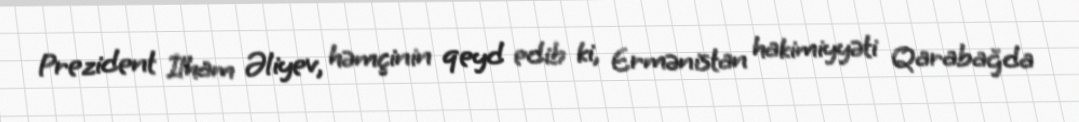
Prezident İlham Əliyev, həmçinin qeyd edib ki, Ermənistan hakimiyyəti Qarabağda